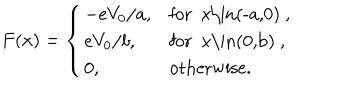
LaTeX: F ( x ) = \left\{ \begin{array} { l l } { { - { e V _ { 0 } / a } , } } & { { \mathrm { f o r ~ x \in ( - a , 0 ) ~ } , } } \\ { { { e V _ { 0 } / b } , } } & { { \mathrm { f o r ~ x \in ( 0 , b ) ~ } , } } \\ { { 0 , } } & { { \mathrm { o t h e r w i s e } . } } \\ \end{array} \right.